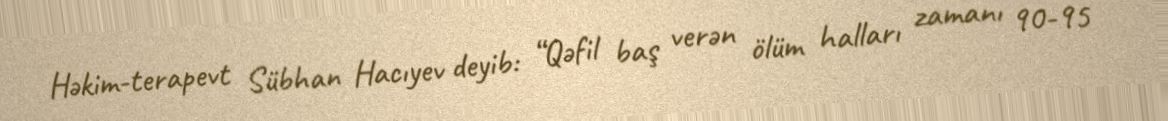
Həkim-terapevt Sübhan Hacıyev deyib: “Qəfil baş verən ölüm halları zamanı 90-95